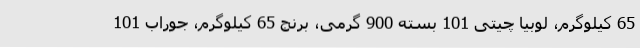
65 کیلوگرم، لوبیا چیتی 101 بسته 900 گرمی، برنج 65 کیلوگرم، جوراب 101